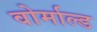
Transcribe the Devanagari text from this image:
वोर्माल्ड